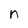
Character: n